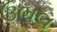
ઉભલ